Medical and sanitary report of the native army of Bengal for the year
Year: 1876
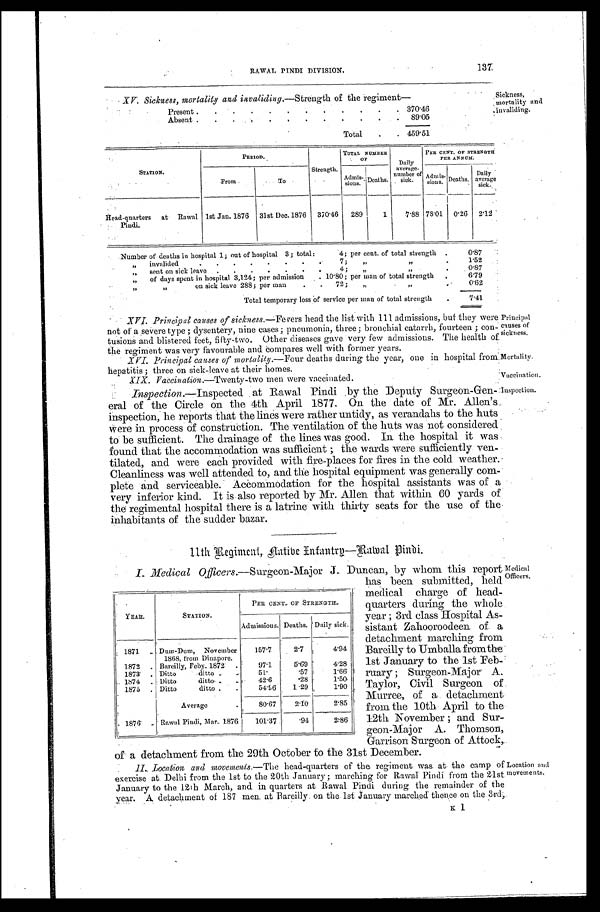
Principal
causes of
sickness.
Mortality.
Vaccination.
Inspection.
RAWAL PINDI DIVISION. 137
XV. Sickness, mortality and invaliding.—Strength of the regiment—
Present
370.46
Absent
89.05
Total
459.51
Sickness,
mortality and
invaliding.
STATION.
PERIOD.
Strength.
TOTAL NUMBER.
OF
Daily
average
number of
sick.
PER CENT. OF STRENGTH
PER ANNUM.
From
To
Admis-
sions. Deaths.
Admis-
sions. D e a t h s .
Daily
average
sick.
Head-quarters at Rawal
Pindi.
1st Jan. 1876 31st Dec. 1876 370.46 289
1
7 . 8 8
78.01 0.26
2 . 1 2
Number of deaths in hospital 1; out of hospital 3; total: 4; per cent. of total strength 0.87
„ invalided 7; „ „
1.52
„ sent on sick leave 4; „ „
0.87
„ of days spent in hospital 3,124; per admission 10.80; per man of total strength
6.79
„ „on sick leave 288; per man 72; „ „
0.62
Total temporary loss of service per man of total strength
7.41
XVI. Principal causes of sickness.—Fevers head the list with 111 admissions, but they were
not of a severe type; dysentery, nine cases; pneumonia, three; bronchial catarrh, fourteen; con
-tusions and blistered feet, fifty-two. Other diseases gave very few admissions. The health of
the regiment was very favourable and Compares well with former years.
XVI. Principal causes of mortalily. —Four deaths during the year, one in hospital from
hepatitis; three on sick-leave at their homes.
X I X . V a c c i n a t i o n .
—Twenty-two men were vaccinated.
Inspection. -Inspected at Rawal Pindi by the Deputy Surgeon-Gen-
eral of the Circle on the 4th April 1877. On the date of Mr. Allen's
inspection, he reports that the lines were rather untidy, as verandahs to the huts
Were in process of construction. The ventilation of the huts was not considered
to be sufficient. The drainage of the lines was good. In the hospital it was
found that the accommodation was sufficient; the wards were sufficiently ven
- t i l a t e d , a n d w e r e e a c h p r o v i d e d w i t h f i r e - p l a c e s f o r f i r e s i n t h e c o l d w e a t h e r .
Cleanliness was well attended to, and the hospital equipment was generally com
- p l e t e a n d s e r v i c e a b l e . A c c o m m o d a t i o n f o r t h e h o s p i t a l a s s i s t a n t s w a s o f a
very inferior kind. It is also reported by Mr. Allen that within 60 yards of
the regimental hospital there is a latrine with thirty seats for the use of the
inhabitants of the sudder bazar.
1 1 t h R e g i m e n t , n a t i v e I n f a n t r y —R a w a l P i n d i .
I . M e d i c a l O f f i c e r s .
— S u r g e o n - M a j o r J . D u n c a n , b y w h o m t h i s r e p o r t
has been submitted, held
medical charge of head
-quarters during the whole
year; 3rd class Hospital As
-sistant Zahooroodeen of a
detachment marching from
Bareilly to Umballa from the
1st January to the 1st Feb
-ruary; Surgeon-Major A.
Taylor, Civil Surgeon of
Murree, of a detachment
from the 10th April to the
12th November; and Sur
-geon-Major A. Thomson,
Garrison Surgeon of Attock,
of a detachment from the 29th October to the 31st December.
II. Location and movements. —The head-quarters of the regiment was at the camp of
exercise at Delhi from the 1st to the 20th January; marching for Rawal Pindi from the 21st
January to the 12th March, and in quarters at Rawal Pindi during the remainder of the
year. A detachment of 187 men at Bareilly on the 1st January marched thence on the 3rd,
YEAR.
STATION.
PER CENT. OF STRENGTH.
Admissions. Deaths. Daily sick.
1871
Dum-Dum, November
1868, from Dinapore.
157.7
2.7
4.94
1872
Bareilly, Feby. 1872
97.1
5.69
4.28
1873
Ditto ditto
51.
.57
1.66
1874
Ditto ditto
42.6
.28
1.50
1875
Ditto ditto
54.96
1.29
1.90
Average
80.67
2.10.
2.85
1876
Rawal Pindi, Mar. 1876
101.37
.94
2.86
Location and
movements.
Medical
Officers.
K 1